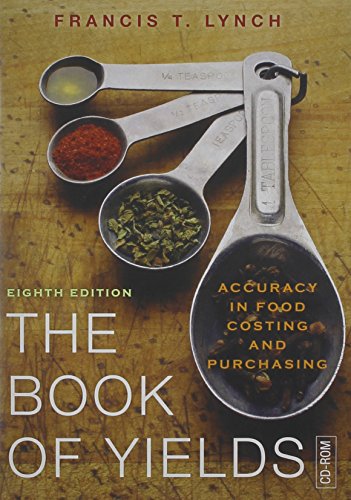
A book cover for The Book of Yields: Accuracy in Food Costing and Purchasing (Single User Version); Francis T. Lynch; Travel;